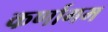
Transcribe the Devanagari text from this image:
कर्णागम